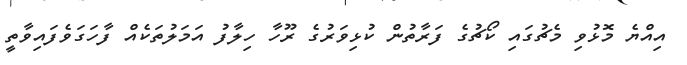
އިއްޔެ މޮޅުވި މެޗުގައި ކޯޗުގެ ފަރާތުން ކުޅިވަރުގެ ރޫހާ ހިލާފު އަމަލުތަކެއް ފާހަގަވެފައިވާތީ